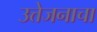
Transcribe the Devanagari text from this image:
उत्तेजनाचा